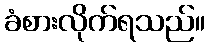
ခံစားလိုက်ရသည်။